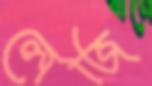
লেজি